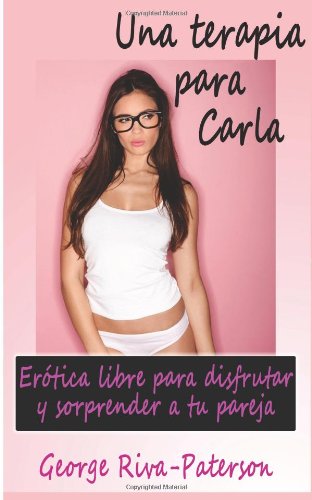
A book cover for Una terapia para Carla: ErÃ³tica libre para disfrutar y sorprender a tu pareja (Spanish Edition); George Riva-Paterson; Romance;